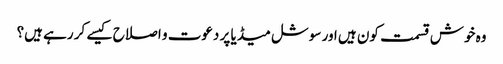
وہ خوش قسمت کون ہیں اور سوشل میڈیا پر دعوت و اصلاح کیسے کر رہے ہیں؟